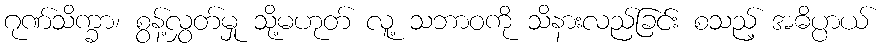
ဂုဏ်သိက္ခာ၊ စွန့်လွှတ်မှု သို့မဟုတ် လူ့ သဘာဝကို သိနားလည်ခြင်း စသည့် အဓိပ္ပာယ်